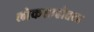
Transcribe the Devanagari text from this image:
लोकशाहीतला